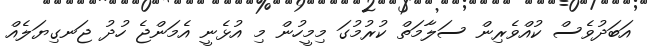
އަބަދުވެސް ކުއްވެރިން ސަލާމަތް ކުރުމުގަ މިމީހުން މި އުޅެނީ އެމަންޖެ ހުދު ޖަނގިޔަލެއް